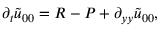
\partial _ { t } \widetilde { u } _ { 0 0 } = R - { P } + \partial _ { y y } \widetilde { u } _ { 0 0 } ,